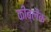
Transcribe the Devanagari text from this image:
कीब्लैक